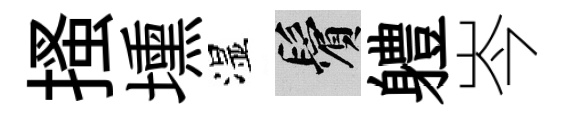
搔壎湿鬢軆岑